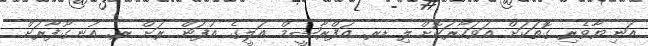
އަނިޔާވެރި ގޮތަކަށް އަވަހާރަކޮށްލި ޑރ. އަފްރާޝީމް އަލީގެ އުފަން ރަށް ރ. އުނގޫފާރަށް